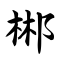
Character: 郴